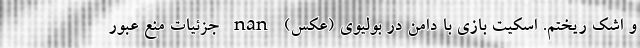
و اشک ریختم. اسکیت بازی با دامن در بولیوی (عکس) nan جزئیات منع عبور